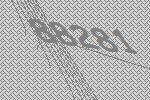
88281